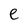
Character: e